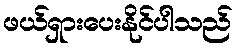
ဖယ်ရှားပေးနိုင်ပါသည်